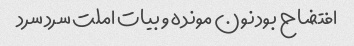
افتضاح بود نون مونده و بیات املت سرد سرد